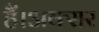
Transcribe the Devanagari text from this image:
हैं।अक्सर